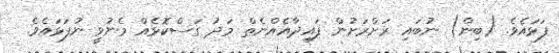
ފަޅައެވެ. (ބިން) ނުބައި ރަށްރަށުން ފައިދާއެއްނެތް މަދު ގަސްކޮޅެއް މެނުވީ ނުފަޅައެވެ.